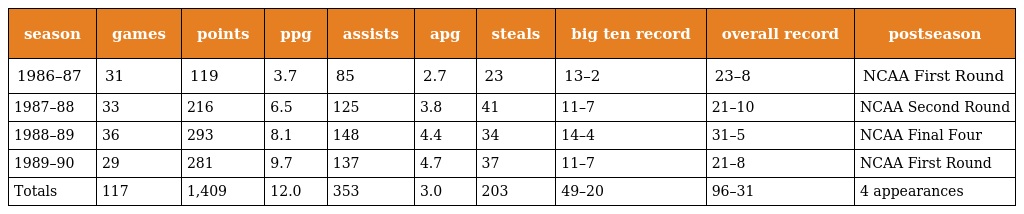
| season | games | points | ppg | assists | apg | steals | big ten record | overall record | postseason |
 | --- | --- | --- | --- | --- | --- | --- | --- | --- | --- |
 | 1986–87 | 31 | 119 | 3.7 | 85 | 2.7 | 23 | 13–2 | 23–8 | NCAA First Round |
 | 1987–88 | 33 | 216 | 6.5 | 125 | 3.8 | 41 | 11–7 | 21–10 | NCAA Second Round |
 | 1988–89 | 36 | 293 | 8.1 | 148 | 4.4 | 34 | 14–4 | 31–5 | NCAA Final Four |
 | 1989–90 | 29 | 281 | 9.7 | 137 | 4.7 | 37 | 11–7 | 21–8 | NCAA First Round |
 | Totals | 117 | 1,409 | 12.0 | 353 | 3.0 | 203 | 49–20 | 96–31 | 4 appearances |